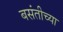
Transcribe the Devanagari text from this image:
बसंतीच्या